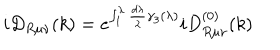
i D _ { R \mu \nu } ( k ) = e ^ { \int _ { 1 } ^ { \lambda } \frac { d \lambda } \lambda \gamma _ { 3 } ( \lambda ) } i D _ { R \mu \nu } ^ { ( 0 ) } ( k )